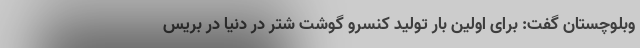
وبلوچستان گفت: برای اولین بار تولید کنسرو گوشت شتر در دنیا در بریس